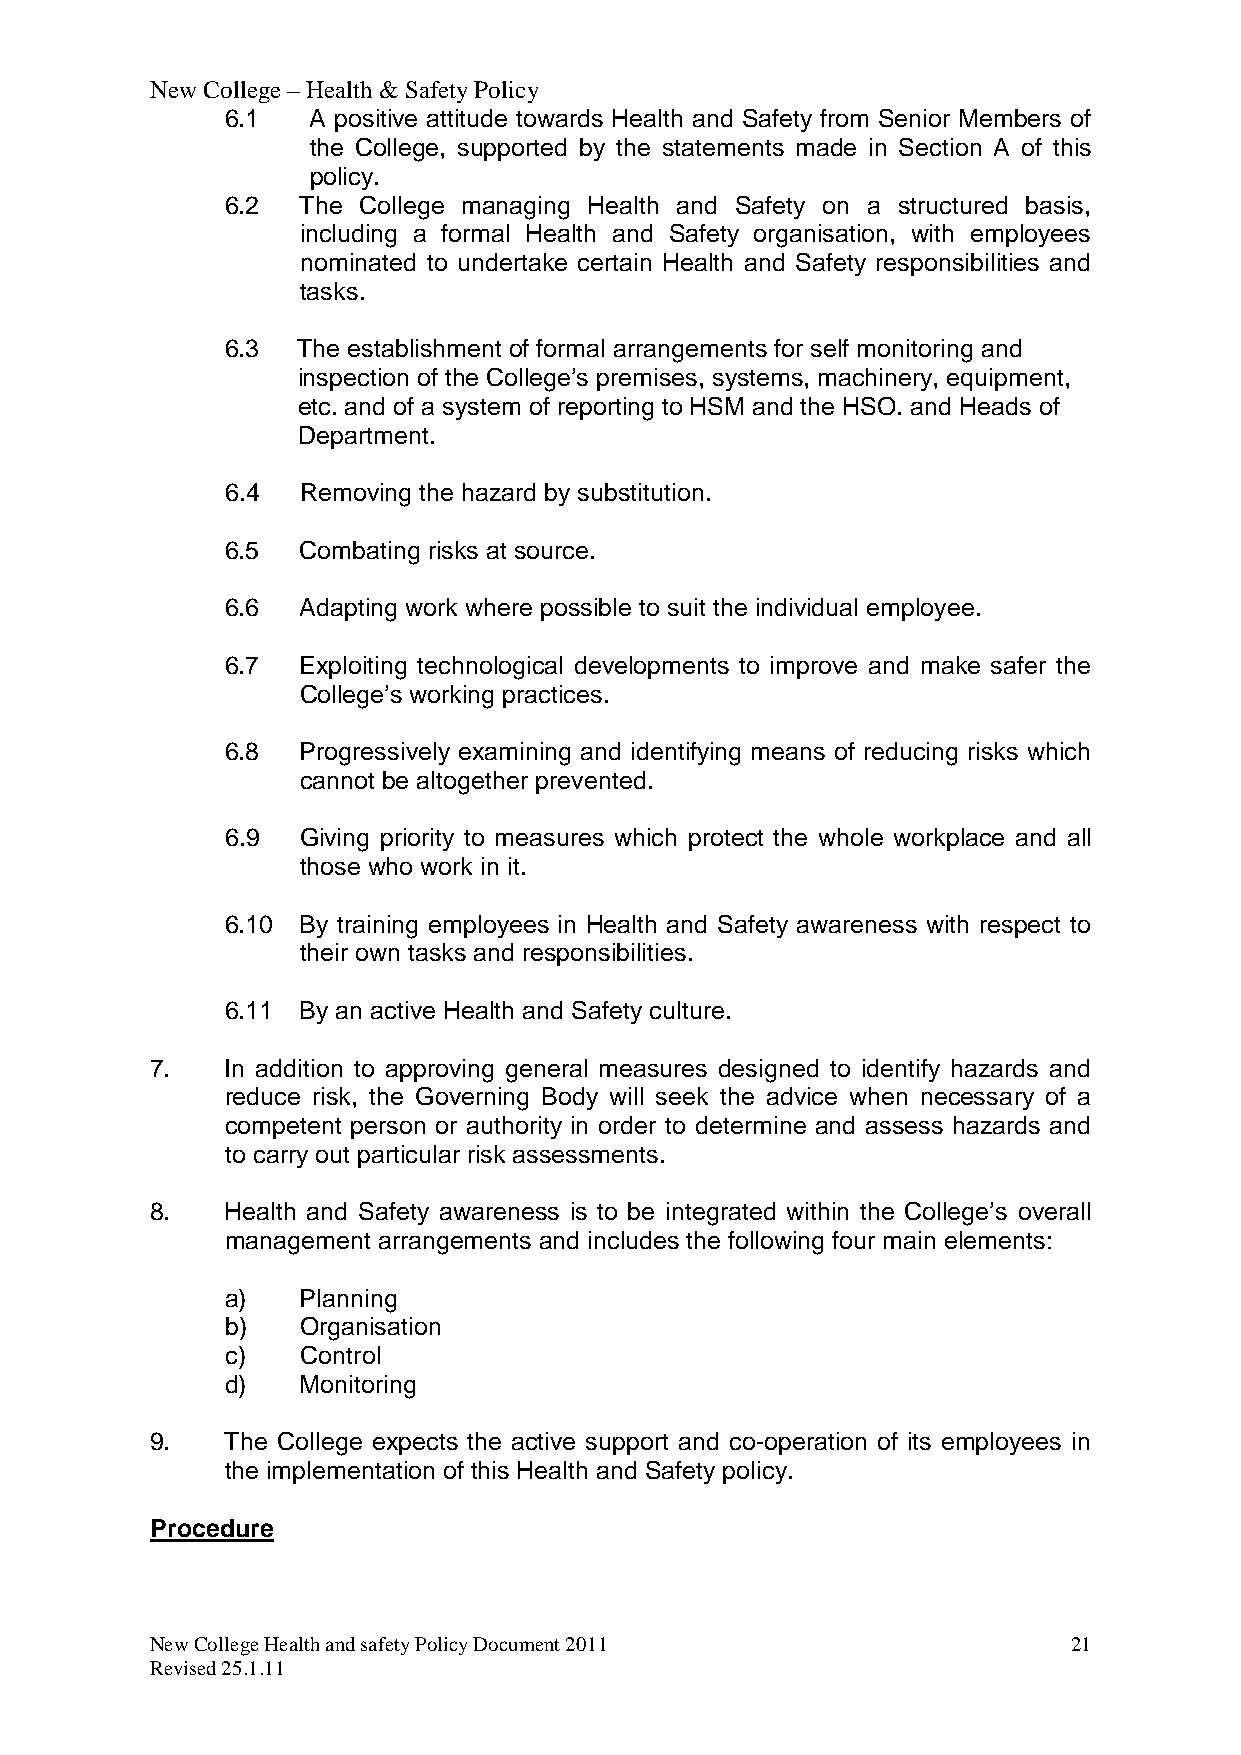
New College – Health & Safety Policy
 6.1  A positive attitude towards Health and Safety from Senior Members of
 the College, supported by the statements made in Section A of this
 policy.
 6.2  The College managing Health and Safety on a structured basis,
 including a formal Health and Safety organisation, with employees
 nominated to undertake certain Health and Safety responsibilities and
 tasks.
 6.3  The establishment of formal arrangements for self monitoring and
 inspection of the College’s premises, systems, machinery, equipment,
 etc. and of a system of reporting to HSM and the HSO. and Heads of
 Department.
 6.4  Removing the hazard by substitution.
 6.5  Combating risks at source.
 6.6  Adapting work where possible to suit the individual employee.
 6.7  Exploiting technological developments to improve and make safer the
 College’s working practices.
 6.8  Progressively examining and identifying means of reducing risks which
 cannot be altogether prevented.
 6.9  Giving priority to measures which protect the whole workplace and all
 those who work in it.
 6.10 By training employees in Health and Safety awareness with respect to
 their own tasks and responsibilities.
 6.11 By an active Health and Safety culture.
 7.   In addition to approving general measures designed to identify hazards and
 reduce risk, the Governing Body will seek the advice when necessary of a
 competent person or authority in order to determine and assess hazards and
 to carry out particular risk assessments.
 8.   Health and Safety awareness is to be integrated within the College’s overall
 management arrangements and includes the following four main elements:
 a)   Planning
 b)   Organisation
 c)   Control
 d)   Monitoring
 9.   The College expects the active support and co-operation of its employees in
 the implementation of this Health and Safety policy.
 Procedure
 New College Health and safety Policy Document 2011           21
 Revised 25.1.11